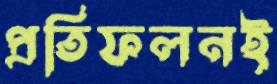
প্রতিফলনই